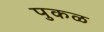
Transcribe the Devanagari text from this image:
पुकळ